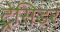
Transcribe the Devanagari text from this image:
ट्रेसिडर